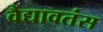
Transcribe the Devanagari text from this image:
वैद्यावतंस